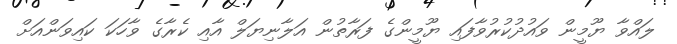
ލައްވާ ޔޫމީން ވައުދުކުރުވާފައި ޔޫމީންގެ ފަރާތުން އަލާނިޔަލް އާއި ކެރާގެ ވާހަކަ ކައިވަންއަށް